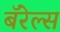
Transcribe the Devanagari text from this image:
बॅरेल्स